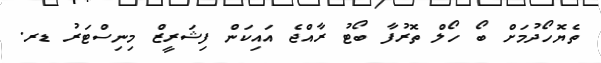
ތެޔޮހޯދުމަށް ބޯ ހޯލް ތޮރުފާ ބޯޓު ރާއްޖެ އައިކަން ފިޝަރީޒް މިނިސްޓަރު ޑރ.